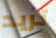
تريد